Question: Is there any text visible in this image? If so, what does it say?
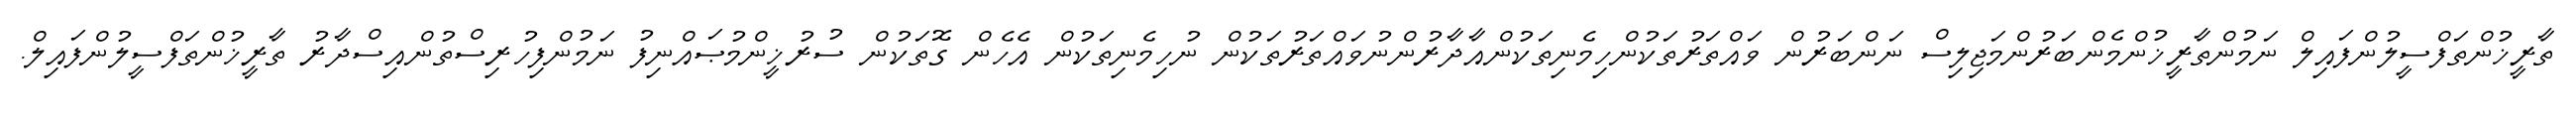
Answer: ތާރީޚުންތަފްސީލުންފައިލް ނަމުންތާރީޚުންމެންބަރުންމަޖިލިސް ނަންބަރުން ވައްތަރުތަކުންހިމެނިތަކުންއާދާރުންނުވައްތަރުތަކުން ނުހިމެނިތަކުން އެހެން ގޮތަކުން ސުރުޚީންމުޞައްނިފު ނަމުންފިހުރިސްތުންއިސްދާރު ތާރީޚުންތަފްސީލުންފައިލް.